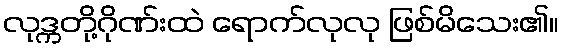
လုဒ္ကတို့ဂိုဏ်းထဲ ရောက်လုလု ဖြစ်မိသေး၏။